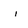
Character: i